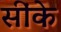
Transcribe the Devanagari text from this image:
सींके